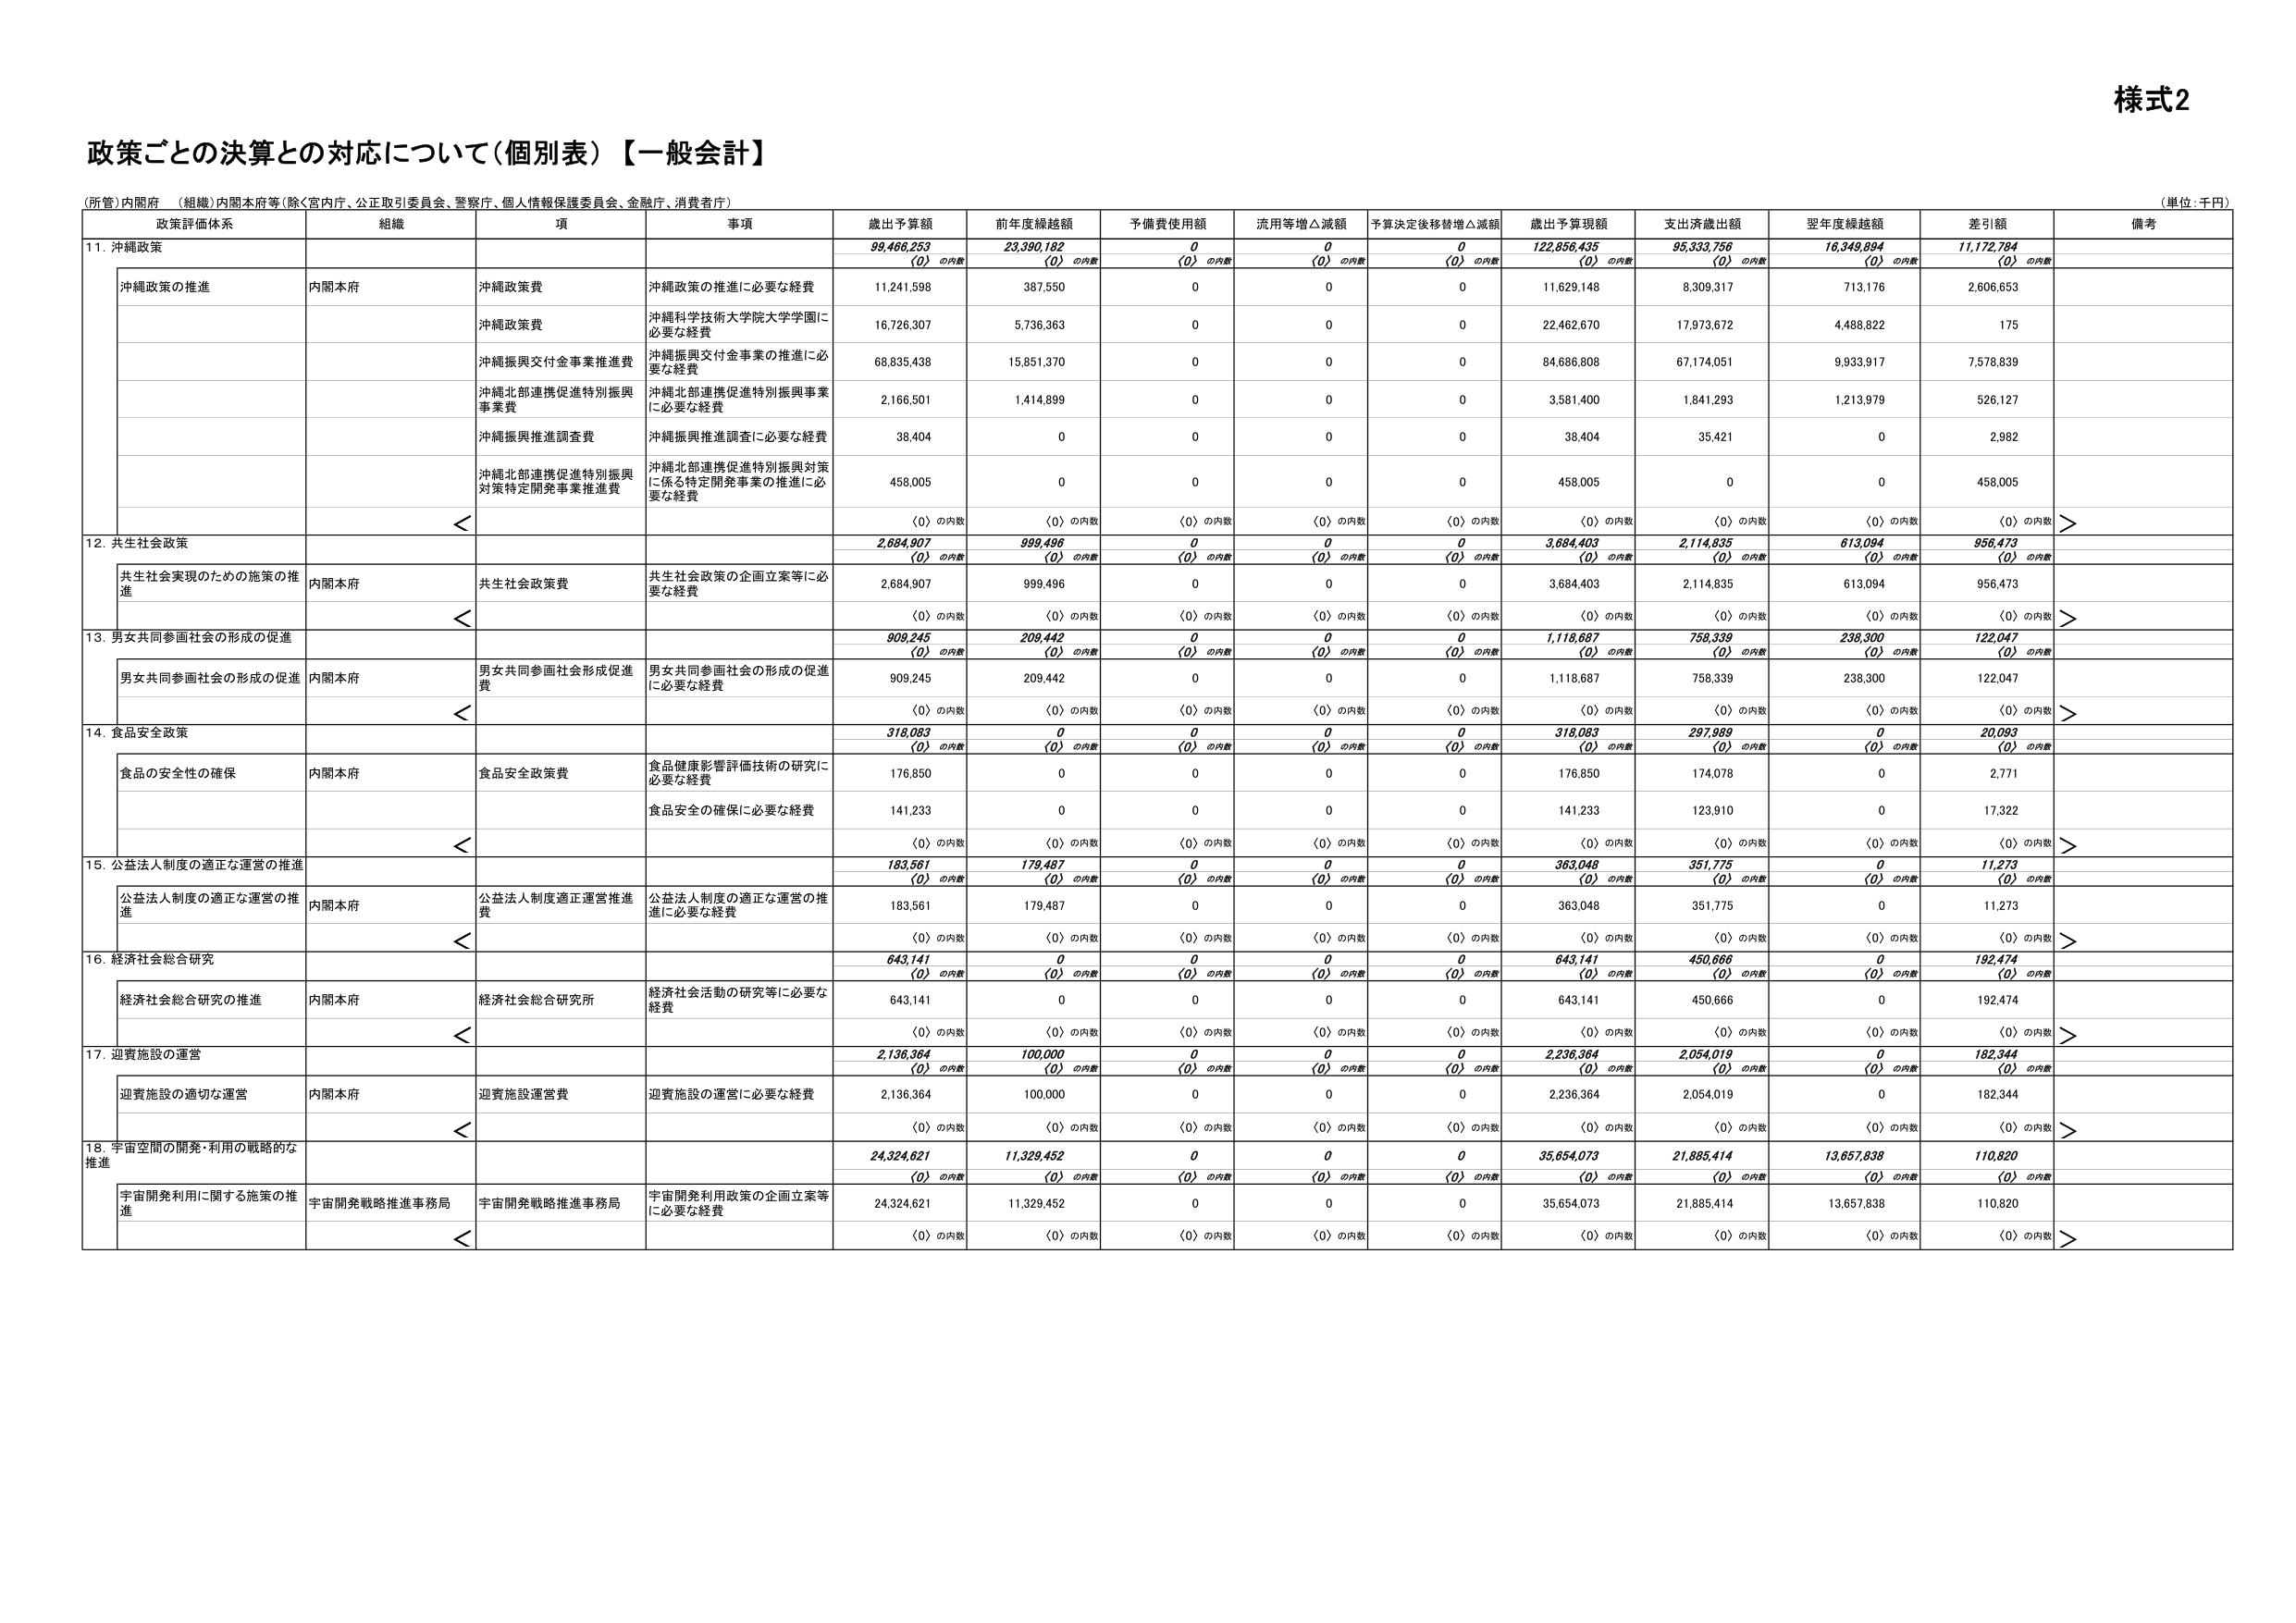
様式2

政策ごとの決算との対応について（個別表）【一般会計】

（所管）内閣府 （組織）内閣本府等（除く宮内庁、公正取引委員会、警察庁、個人情報保護委員会、金融庁、消費者庁）

（単位：千円）

政策評価体系 組織 項 事項 歳出予算額 前年度繰越額 予備費使用額 流用等増△減額 予算決定後移替増△減額 歳出予算現額 支出済歳出額 翌年度繰越額 差引額 備考

11. 沖縄政策 99,466,253 23,390,182 0 0 0 122,856,435 95,333,756 16,349,894 11,172,784

（0）の内数 （0）の内数 （0）の内数 （0）の内数 （0）の内数 （0）の内数 （0）の内数 （0）の内数 （0）の内数

沖縄政策の推進 内閣本府 沖縄政策費 沖縄政策の推進に必要な経費 11,241,598 387,550 0 0 0 11,629,148 8,309,317 713,176 2,606,653

沖縄政策費 沖縄科学技術大学院大学学園に必要な経費 16,726,307 5,736,363 0 0 0 22,462,670 17,973,672 4,488,822 175

沖縄振興交付金事業推進費 沖縄振興交付金事業の推進に必要な経費 68,835,438 15,851,370 0 0 0 84,686,808 67,174,051 9,933,917 7,578,839

沖縄北部連携促進特別振興事業費 沖縄北部連携促進特別振興事業に必要な経費 2,166,501 1,414,899 0 0 0 3,581,400 1,841,293 1,213,979 526,127

沖縄振興推進調査費 沖縄振興推進調査に必要な経費 38,404 0 0 0 0 38,404 35,421 0 2,982

沖縄北部連携促進特別振興対策特定開発事業推進費 沖縄北部連携促進特別振興対策に係る特定開発事業の推進に必要な経費 458,005 0 0 0 0 458,005 0 0 458,005

（0）の内数 （0）の内数 （0）の内数 （0）の内数 （0）の内数 （0）の内数 （0）の内数 （0）の内数 （0）の内数

12. 共生社会政策 2,684,907 999,496 0 0 0 3,684,403 2,114,835 613,094 956,473

（0）の内数 （0）の内数 （0）の内数 （0）の内数 （0）の内数 （0）の内数 （0）の内数 （0）の内数 （0）の内数

共生社会実現のための施策の推進 内閣本府 共生社会政策費 共生社会政策の企画立案等に必要な経費 2,684,907 999,496 0 0 0 3,684,403 2,114,835 613,094 956,473

（0）の内数 （0）の内数 （0）の内数 （0）の内数 （0）の内数 （0）の内数 （0）の内数 （0）の内数 （0）の内数

13. 男女共同参画社会の形成の促進 909,245 209,442 0 0 0 1,118,687 758,339 238,300 122,047

（0）の内数 （0）の内数 （0）の内数 （0）の内数 （0）の内数 （0）の内数 （0）の内数 （0）の内数 （0）の内数

男女共同参画社会の形成の促進 内閣本府 男女共同参画社会形成促進費 男女共同参画社会の形成の促進に必要な経費 909,245 209,442 0 0 0 1,118,687 758,339 238,300 122,047

（0）の内数 （0）の内数 （0）の内数 （0）の内数 （0）の内数 （0）の内数 （0）の内数 （0）の内数 （0）の内数

14. 食品安全政策 318,083 0 0 0 0 318,083 297,989 0 20,093

（0）の内数 （0）の内数 （0）の内数 （0）の内数 （0）の内数 （0）の内数 （0）の内数 （0）の内数 （0）の内数

食品の安全性の確保 内閣本府 食品安全政策費 食品健康影響評価技術の研究に必要な経費 176,850 0 0 0 0 176,850 174,078 0 2,771

食品安全の確保に必要な経費 141,233 0 0 0 0 141,233 123,910 0 17,322

（0）の内数 （0）の内数 （0）の内数 （0）の内数 （0）の内数 （0）の内数 （0）の内数 （0）の内数 （0）の内数

15. 公益法人制度の適正な運営の推進 183,561 179,487 0 0 0 363,048 351,775 0 11,273

（0）の内数 （0）の内数 （0）の内数 （0）の内数 （0）の内数 （0）の内数 （0）の内数 （0）の内数 （0）の内数

公益法人制度の適正な運営の推進 内閣本府 公益法人制度適正運営推進費 公益法人制度の適正な運営の推進に必要な経費 183,561 179,487 0 0 0 363,048 351,775 0 11,273

（0）の内数 （0）の内数 （0）の内数 （0）の内数 （0）の内数 （0）の内数 （0）の内数 （0）の内数 （0）の内数

16. 経済社会総合研究 643,141 0 0 0 0 643,141 450,666 0 192,474

（0）の内数 （0）の内数 （0）の内数 （0）の内数 （0）の内数 （0）の内数 （0）の内数 （0）の内数 （0）の内数

経済社会総合研究の推進 内閣本府 経済社会総合研究所 経済社会活動の研究等に必要な経費 643,141 0 0 0 0 643,141 450,666 0 192,474

（0）の内数 （0）の内数 （0）の内数 （0）の内数 （0）の内数 （0）の内数 （0）の内数 （0）の内数 （0）の内数

17. 迎賓施設の運営 2,136,364 100,000 0 0 0 2,236,364 2,054,019 0 182,344

（0）の内数 （0）の内数 （0）の内数 （0）の内数 （0）の内数 （0）の内数 （0）の内数 （0）の内数 （0）の内数

迎賓施設の適切な運営 内閣本府 迎賓施設運営費 迎賓施設の運営に必要な経費 2,136,364 100,000 0 0 0 2,236,364 2,054,019 0 182,344

（0）の内数 （0）の内数 （0）の内数 （0）の内数 （0）の内数 （0）の内数 （0）の内数 （0）の内数 （0）の内数

18. 宇宙空間の開発・利用の戦略的な推進 24,324,621 11,329,452 0 0 0 35,654,073 21,885,414 13,657,838 110,820

（0）の内数 （0）の内数 （0）の内数 （0）の内数 （0）の内数 （0）の内数 （0）の内数 （0）の内数 （0）の内数

宇宙開発利用に関する施策の推進 宇宙開発戦略推進事務局 宇宙開発戦略推進事務局 宇宙開発利用政策の企画立案等に必要な経費 24,324,621 11,329,452 0 0 0 35,654,073 21,885,414 13,657,838 110,820

（0）の内数 （0）の内数 （0）の内数 （0）の内数 （0）の内数 （0）の内数 （0）の内数 （0）の内数 （0）の内数